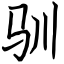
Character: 驯